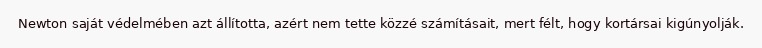
Newton saját védelmében azt állította, azért nem tette közzé számításait, mert félt, hogy kortársai kigúnyolják.